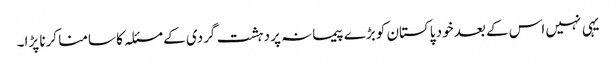
یہی نہیں اس کے بعد خود پاکستان کو بڑے پیمانہ پر دہشت گردی کے مسئلہ کا سامنا کرنا پڑا۔